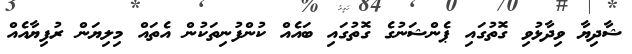
ޝާދިޔާ ވިދާޅުވި ގޮތުގައި ޕެންޝަނުގެ ގޮތުގައި ބައެއް ކުންފުނިތަކުން އެތައް މިލިޔަން ރުފިޔާއެއް